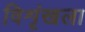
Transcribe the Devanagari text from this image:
विशृंखला